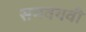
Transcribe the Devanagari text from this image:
समवयवी